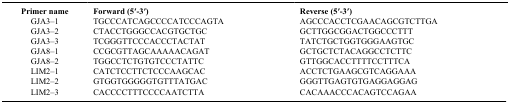
<table><thead><tr><td><b>Primer name</b></td><td><b>Forward (5′-3′)</b></td><td><b>Reverse (5′-3′)</b></td></tr></thead><tbody><tr><td>GJA3–1</td><td>TGCCCATCAGCCCCATCCCAGTA</td><td>AGCCCACCTCGAACAGCGTCTTGA</td></tr><tr><td>GJA3–2</td><td>CTACCTGGGCCACGTGCTGC</td><td>GCTTGGCGGACTGGCCCTTT</td></tr><tr><td>GJA3–3</td><td>TCGGGTTCCCACCCTACTAT</td><td>TATCTGCTGGTGGGAAGTGC</td></tr><tr><td>GJA8–1</td><td>CCGCGTTAGCAAAAACAGAT</td><td>GCTGCTCTACAGGCCTCTTC</td></tr><tr><td>GJA8–2</td><td>TGGCCTCTGTGTCCCTATTC</td><td>GTTGGCACCTTTTCCTTTCA</td></tr><tr><td>LIM2–1</td><td>CATCTCCTTCTCCCAAGCAC</td><td>ACCTCTGAAGCGTCAGGAAA</td></tr><tr><td>LIM2–2</td><td>GTGGTGGGGGTGTTTATGAC</td><td>GGGTTGAGTGTGAGGAGGAG</td></tr><tr><td>LIM2–3</td><td>CACCCCTTTCCCCAATCTTA</td><td>CACAAACCCACAGTCCAGAA</td></tr></tbody></table>